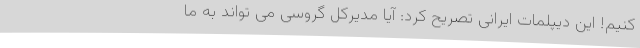
کنیم! این دیپلمات ایرانی تصریح کرد: آیا مدیرکل گروسی می تواند به ما